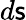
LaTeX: d\mathsf{s}